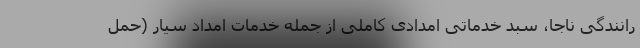
رانندگی ناجا، سبد خدماتی امدادی کاملی از جمله خدمات امداد سیار (حمل